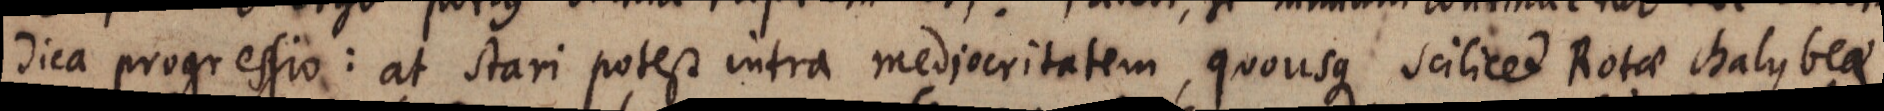
dica progressio: at stari potest intra mediocritatem, quousque scilicet Rotae chalybeae